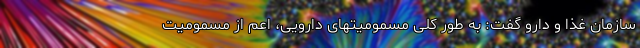
سازمان غذا و دارو گفت: به طور کلی مسمومیتهای دارویی، اعم از مسمومیت